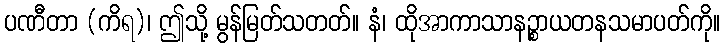
ပဏီတာ (ကိရ)၊ ဤသို့ မွန်မြတ်သတတ်။ နံ၊ ထိုအာကာသာနဉ္စာယတနသမာပတ်ကို။